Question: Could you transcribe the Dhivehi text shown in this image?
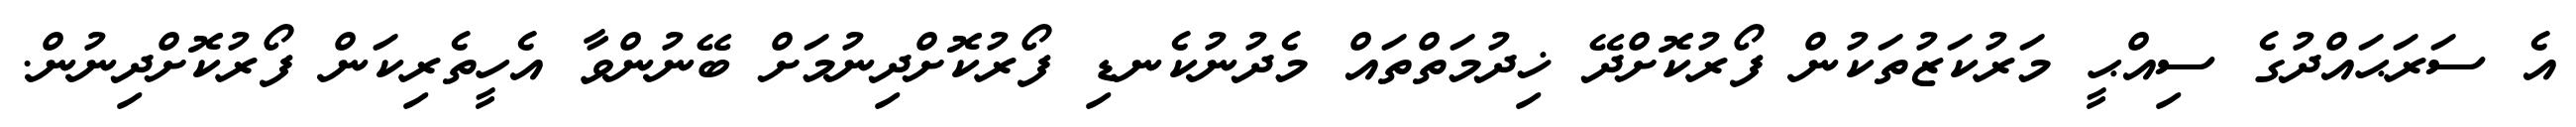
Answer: އެ ސަރަޙައްދުގެ ސިއްޙީ މަރުކަޒުތަކުން ފޯރުކޮށްދޭ ޚިދުމަތްތައް މެދުނުކެނޑި ފޯރުކޮށްދިނުމަށް ބޭނުންވާ އެހީތެރިކަން ފޯރުކޮށްދިނުން.